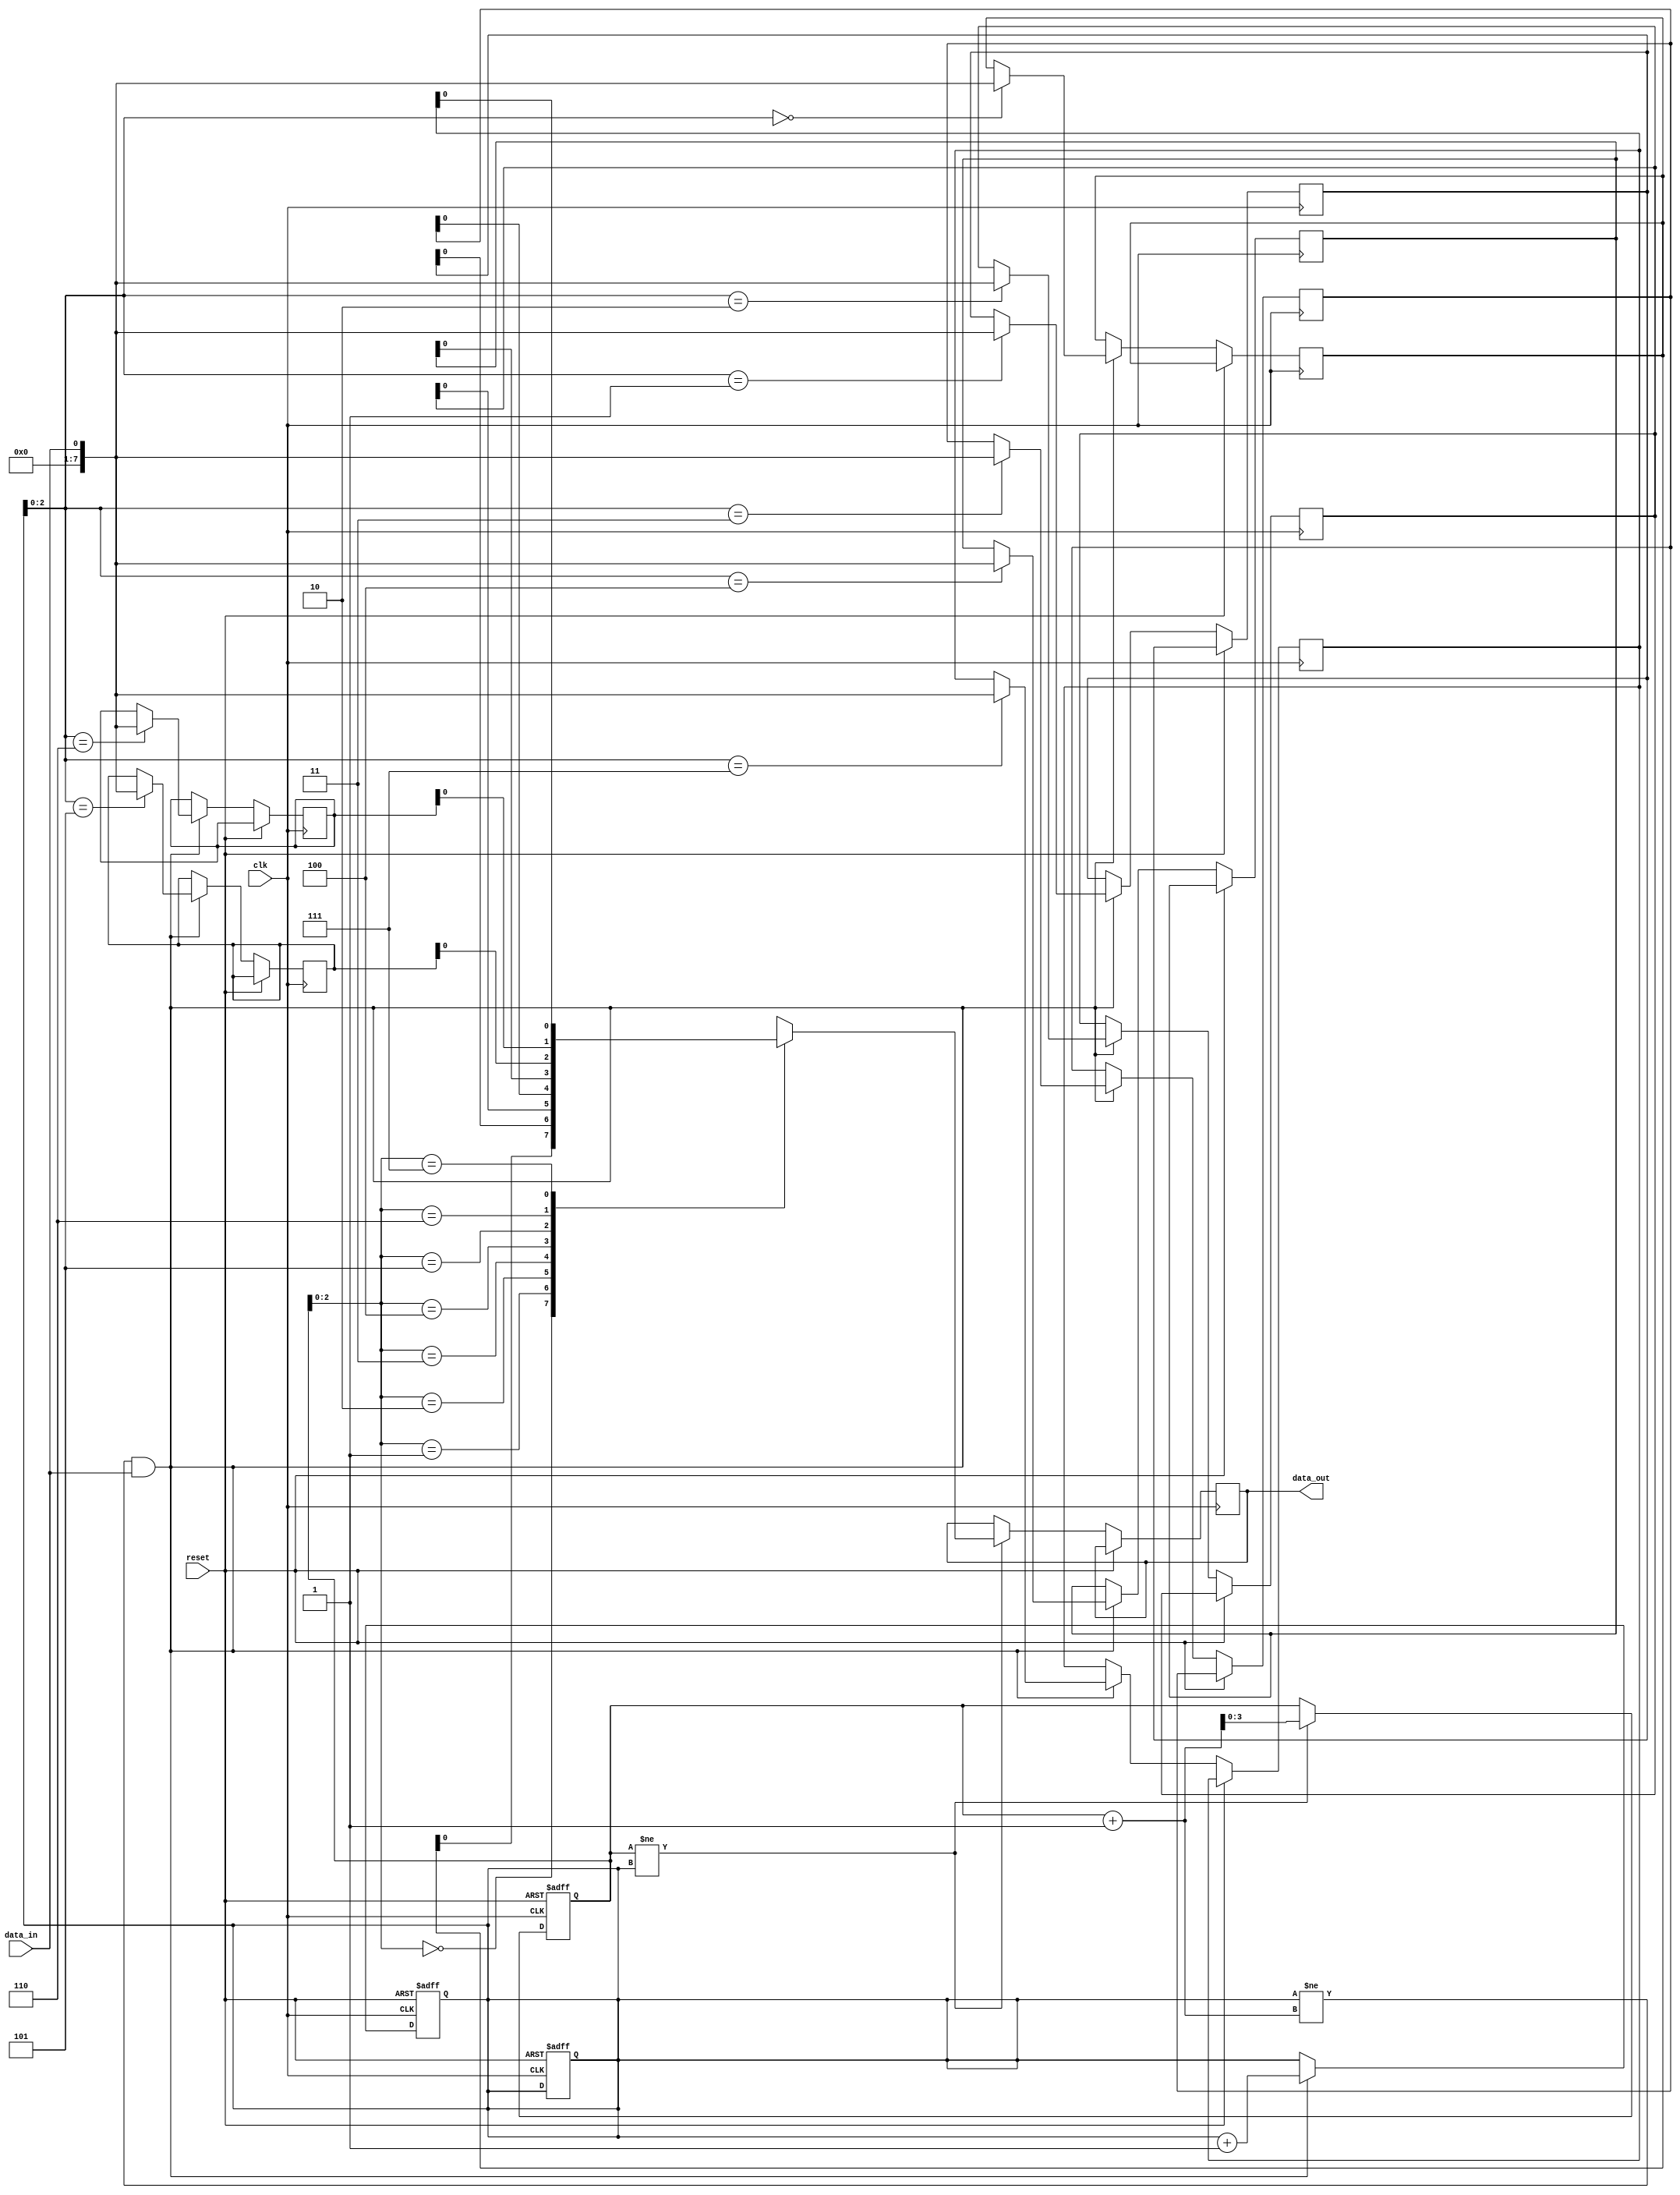
module NonBlockingFIFO (
    input wire clk,
    input wire reset,
    input wire data_in,
    output wire data_out
);

parameter DEPTH = 8; // Depth of the FIFO buffer

reg [7:0] fifo [0:DEPTH-1];
reg [3:0] read_ptr, write_ptr;

always @(posedge clk or posedge reset) begin
    if (reset) begin
        read_ptr <= 0;
        write_ptr <= 0;
    end else begin
        if (read_ptr != write_ptr) begin
            data_out <= fifo[read_ptr];
            read_ptr <= read_ptr + 1;
        end
    end
end

always @(posedge clk or posedge reset) begin
    if (reset) begin
        write_ptr <= 0;
    end else begin
        if ((write_ptr != read_ptr + 1) && data_in) begin
            fifo[write_ptr] <= data_in;
            write_ptr <= write_ptr + 1;
        end
    end
end

endmodule